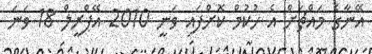
އޭނާގެ މައްޗަށް އެ ހުކުމް ކޮށްފައި ވަނީ 2010 އޭޕްރީލް 18 ވަނަ